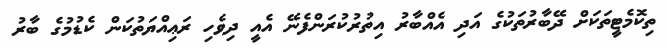
ތިކޮމެޓީތަކަށް ދޭބާރުތަކުގެ އަދި އެއްބާރު އިތުރުކުރަންފެނޭ އެއީ ދިވެހި ރަޢިއްޔަތުކަން ކެޑުމުގެ ބާރު